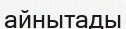
айнытады